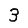
Digit: 3